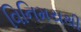
વિનિમયથી